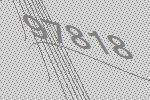
97818